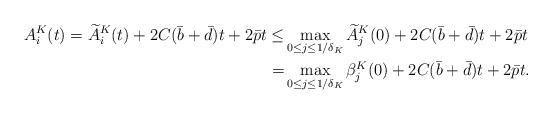
LaTeX: \begin{align*}A^K_i(t)=\widetilde A^K_i(t)+2C(\bar b+\bar d) t + 2 \bar p t\leq &\max_{0\leq j\leq 1/\delta_K}\widetilde A^K _j(0)+2 C(\bar b+\bar d) t + 2 \bar p t \\= & \max_{0\leq j\leq 1/\delta_K} \beta^K _j(0)+2C(\bar b+\bar d) t + 2 \bar p t.\end{align*}